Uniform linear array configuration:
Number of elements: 4
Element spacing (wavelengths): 0.5
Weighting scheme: exponential
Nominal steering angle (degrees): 30
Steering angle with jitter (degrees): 31.241
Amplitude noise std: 0.05
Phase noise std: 0.05

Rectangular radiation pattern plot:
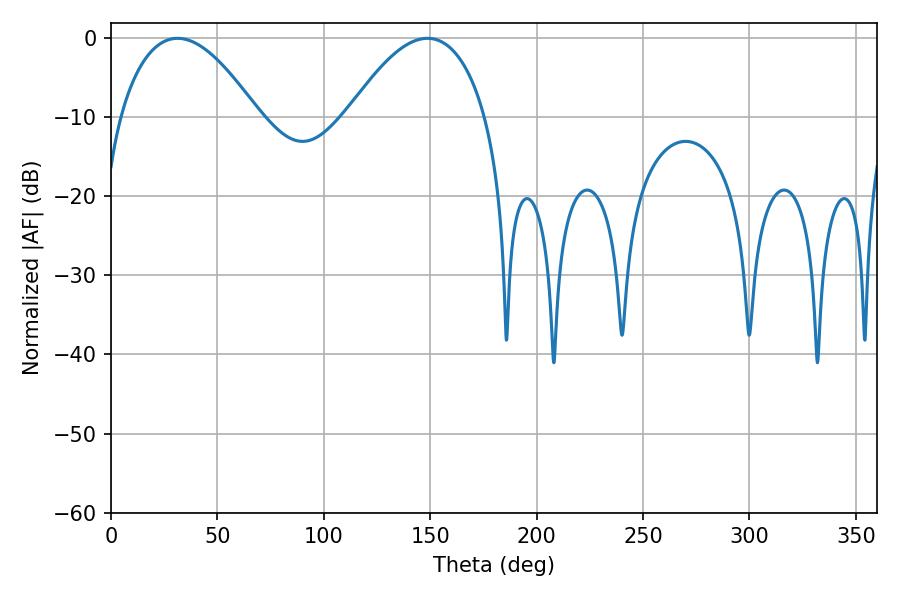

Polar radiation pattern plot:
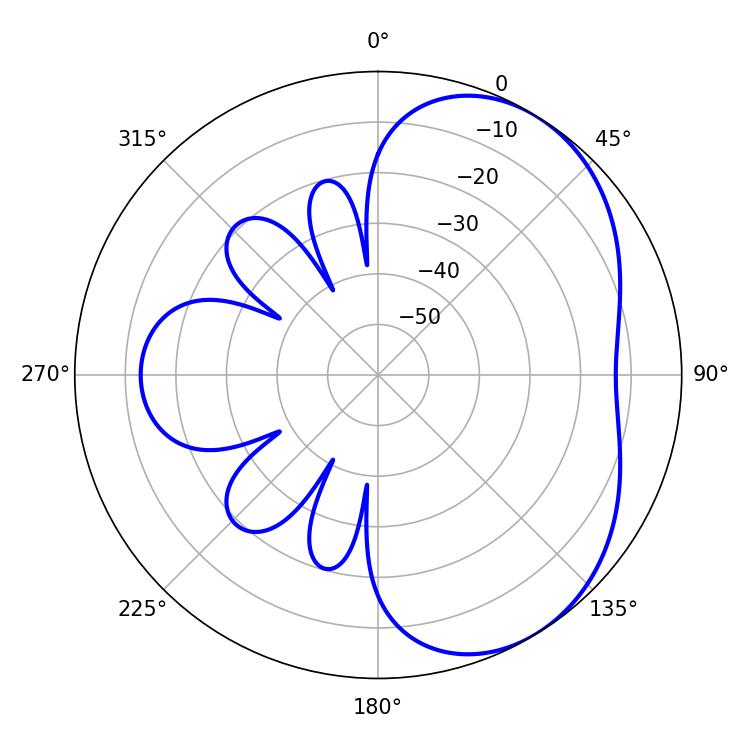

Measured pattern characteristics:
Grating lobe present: FALSE
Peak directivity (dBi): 4.352
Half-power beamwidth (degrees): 35.82
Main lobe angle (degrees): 31.32